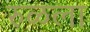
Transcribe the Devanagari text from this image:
रुळला